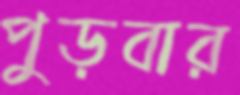
পুড়বার